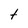
Character: t